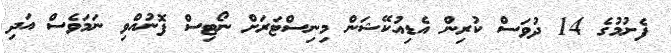
ފެށުމުގެ 14 ދުވަސް ކުރިން އެޑިއުކޭޝަން މިނިސްޓަރަށް ނޯޓިސް ފޮނުއްވި ނަމަވެސް އަދި